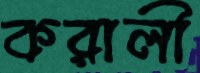
করালী